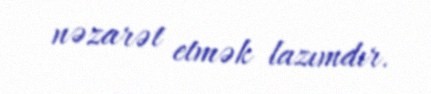
nəzarət etmək lazımdır.